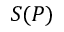
S ( P )